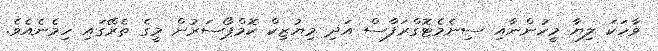
ވާހަކަ ލިޔާ މީހުންނާއި ސިނެމެޓޮގްރަފާސް އަދި މިޔުޒިކް ކޮމްޕޯސަރުން މީގެ ތެރޭގައި ހިމެނެއެވެ.